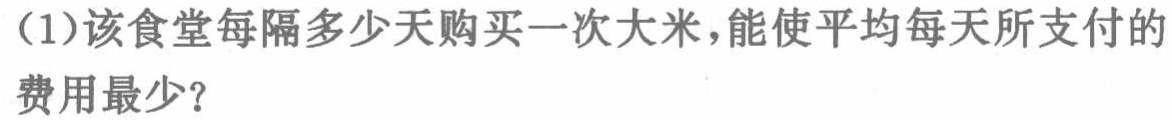
（1）该食堂每隔多少天购买一次大米，能使平均每天所支付的费用最少？